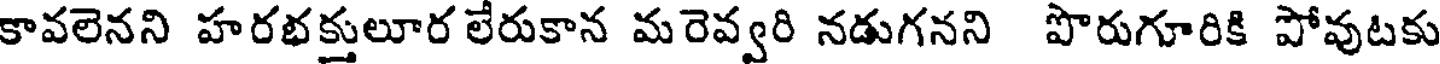
కావలెనని హరభక్తులూర లేరుకాన మరెవ్వరి నడుగనని పొరుగూరికి పోవుటకు